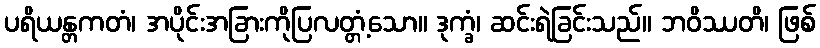
ပရိယန္တကတံ၊ အပိုင်းအခြားကိုပြလတ္တံ့သော။ ဒုက္ခံ၊ ဆင်းရဲခြင်းသည်။ ဘဝိဿတိ၊ ဖြစ်